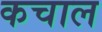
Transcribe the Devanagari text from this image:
कचाल